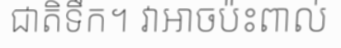
ជាតិទឹក។ វាអាចប៉ះពាល់